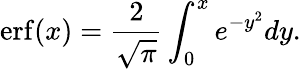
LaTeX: \mathrm{erf}(x)=\frac{2}{\sqrt{\pi}}\int_{0}^{x}e^{-y^{2}}dy.